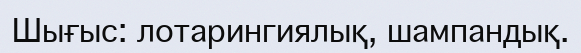
Шығыс: лотарингиялық, шампандық.